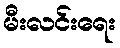
မီးလင်းရေး